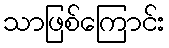
သာဖြစ်ကြောင်း